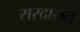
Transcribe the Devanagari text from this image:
सरदारात